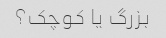
بزرگ یا کوچک؟